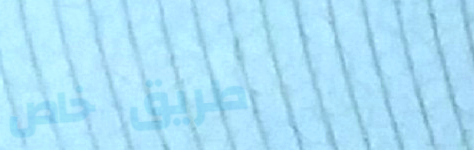
طريق خاص